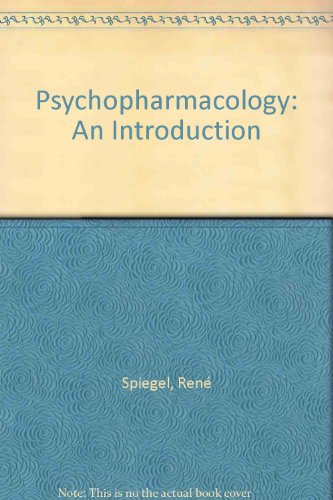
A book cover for Psychopharmacology: An Introduction (A Wiley medical publication); RenÃ© Spiegel; Medical Books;